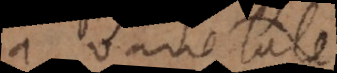
a varietate